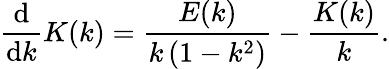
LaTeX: {\frac{\mathrm{d}}{\mathrm{d}k}}K(k)={\frac{E(k)}{k\left(1-k^{2}\right)}}-{\frac{K(k)}{k}}.